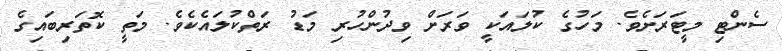
ސެންޓި މީޓަރަށެވެ. މަހުގެ ކުލައަކީ ވަރަށް ވިދުންހުރި މަޑު ރަތްކުލައެކެވެ. މަތީ ކޮތަރިބައިގެ